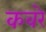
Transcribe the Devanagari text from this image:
कवरे